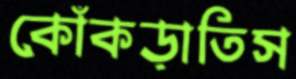
কোঁকড়াতিস